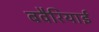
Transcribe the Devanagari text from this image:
बवैरियाई